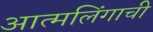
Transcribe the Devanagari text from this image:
आत्मलिंगाची